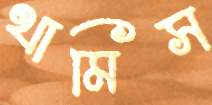
থামিস